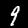
Digit: 9